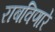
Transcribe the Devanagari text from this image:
राबविणारे